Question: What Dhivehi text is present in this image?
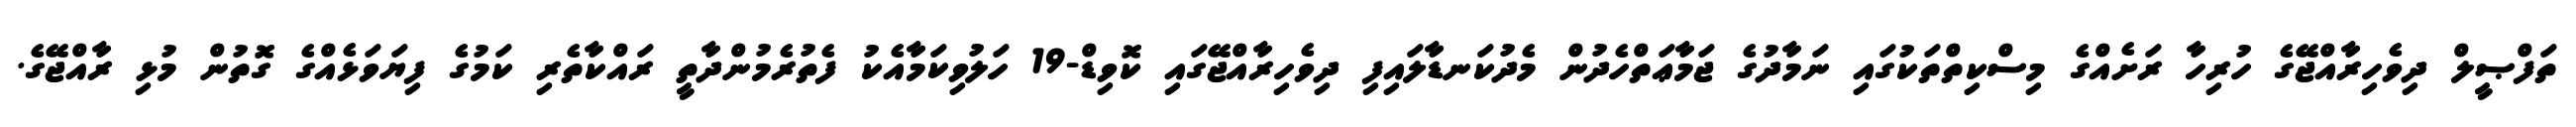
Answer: ތަފްޞީލް ދިވެހިރާއްޖޭގެ ހުރިހާ ރަށެއްގެ މިސްކިތްތަކުގައި ނަމާދުގެ ޖަމާޢަތްހެދުން މެދުކަނޑާލައިފި ދިވެހިރާއްޖޭގައި ކޮވިޑް-19 ހަލުވިކަމާއެކު ފެތުރެމުންދާތީ ރައްކާތެރި ކަމުގެ ފިޔަވަޅެއްގެ ގޮތުން މުޅި ރާއްޖޭގެ.